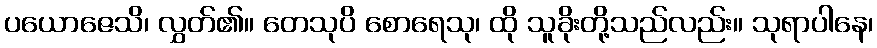
ပယောဇေသိ၊ လွှတ်၏။ တေသုပိ စောရေသု၊ ထို သူခိုးတို့သည်လည်း။ သုရာပါနေ၊